Laimjala_vallavalitsus, lk 10
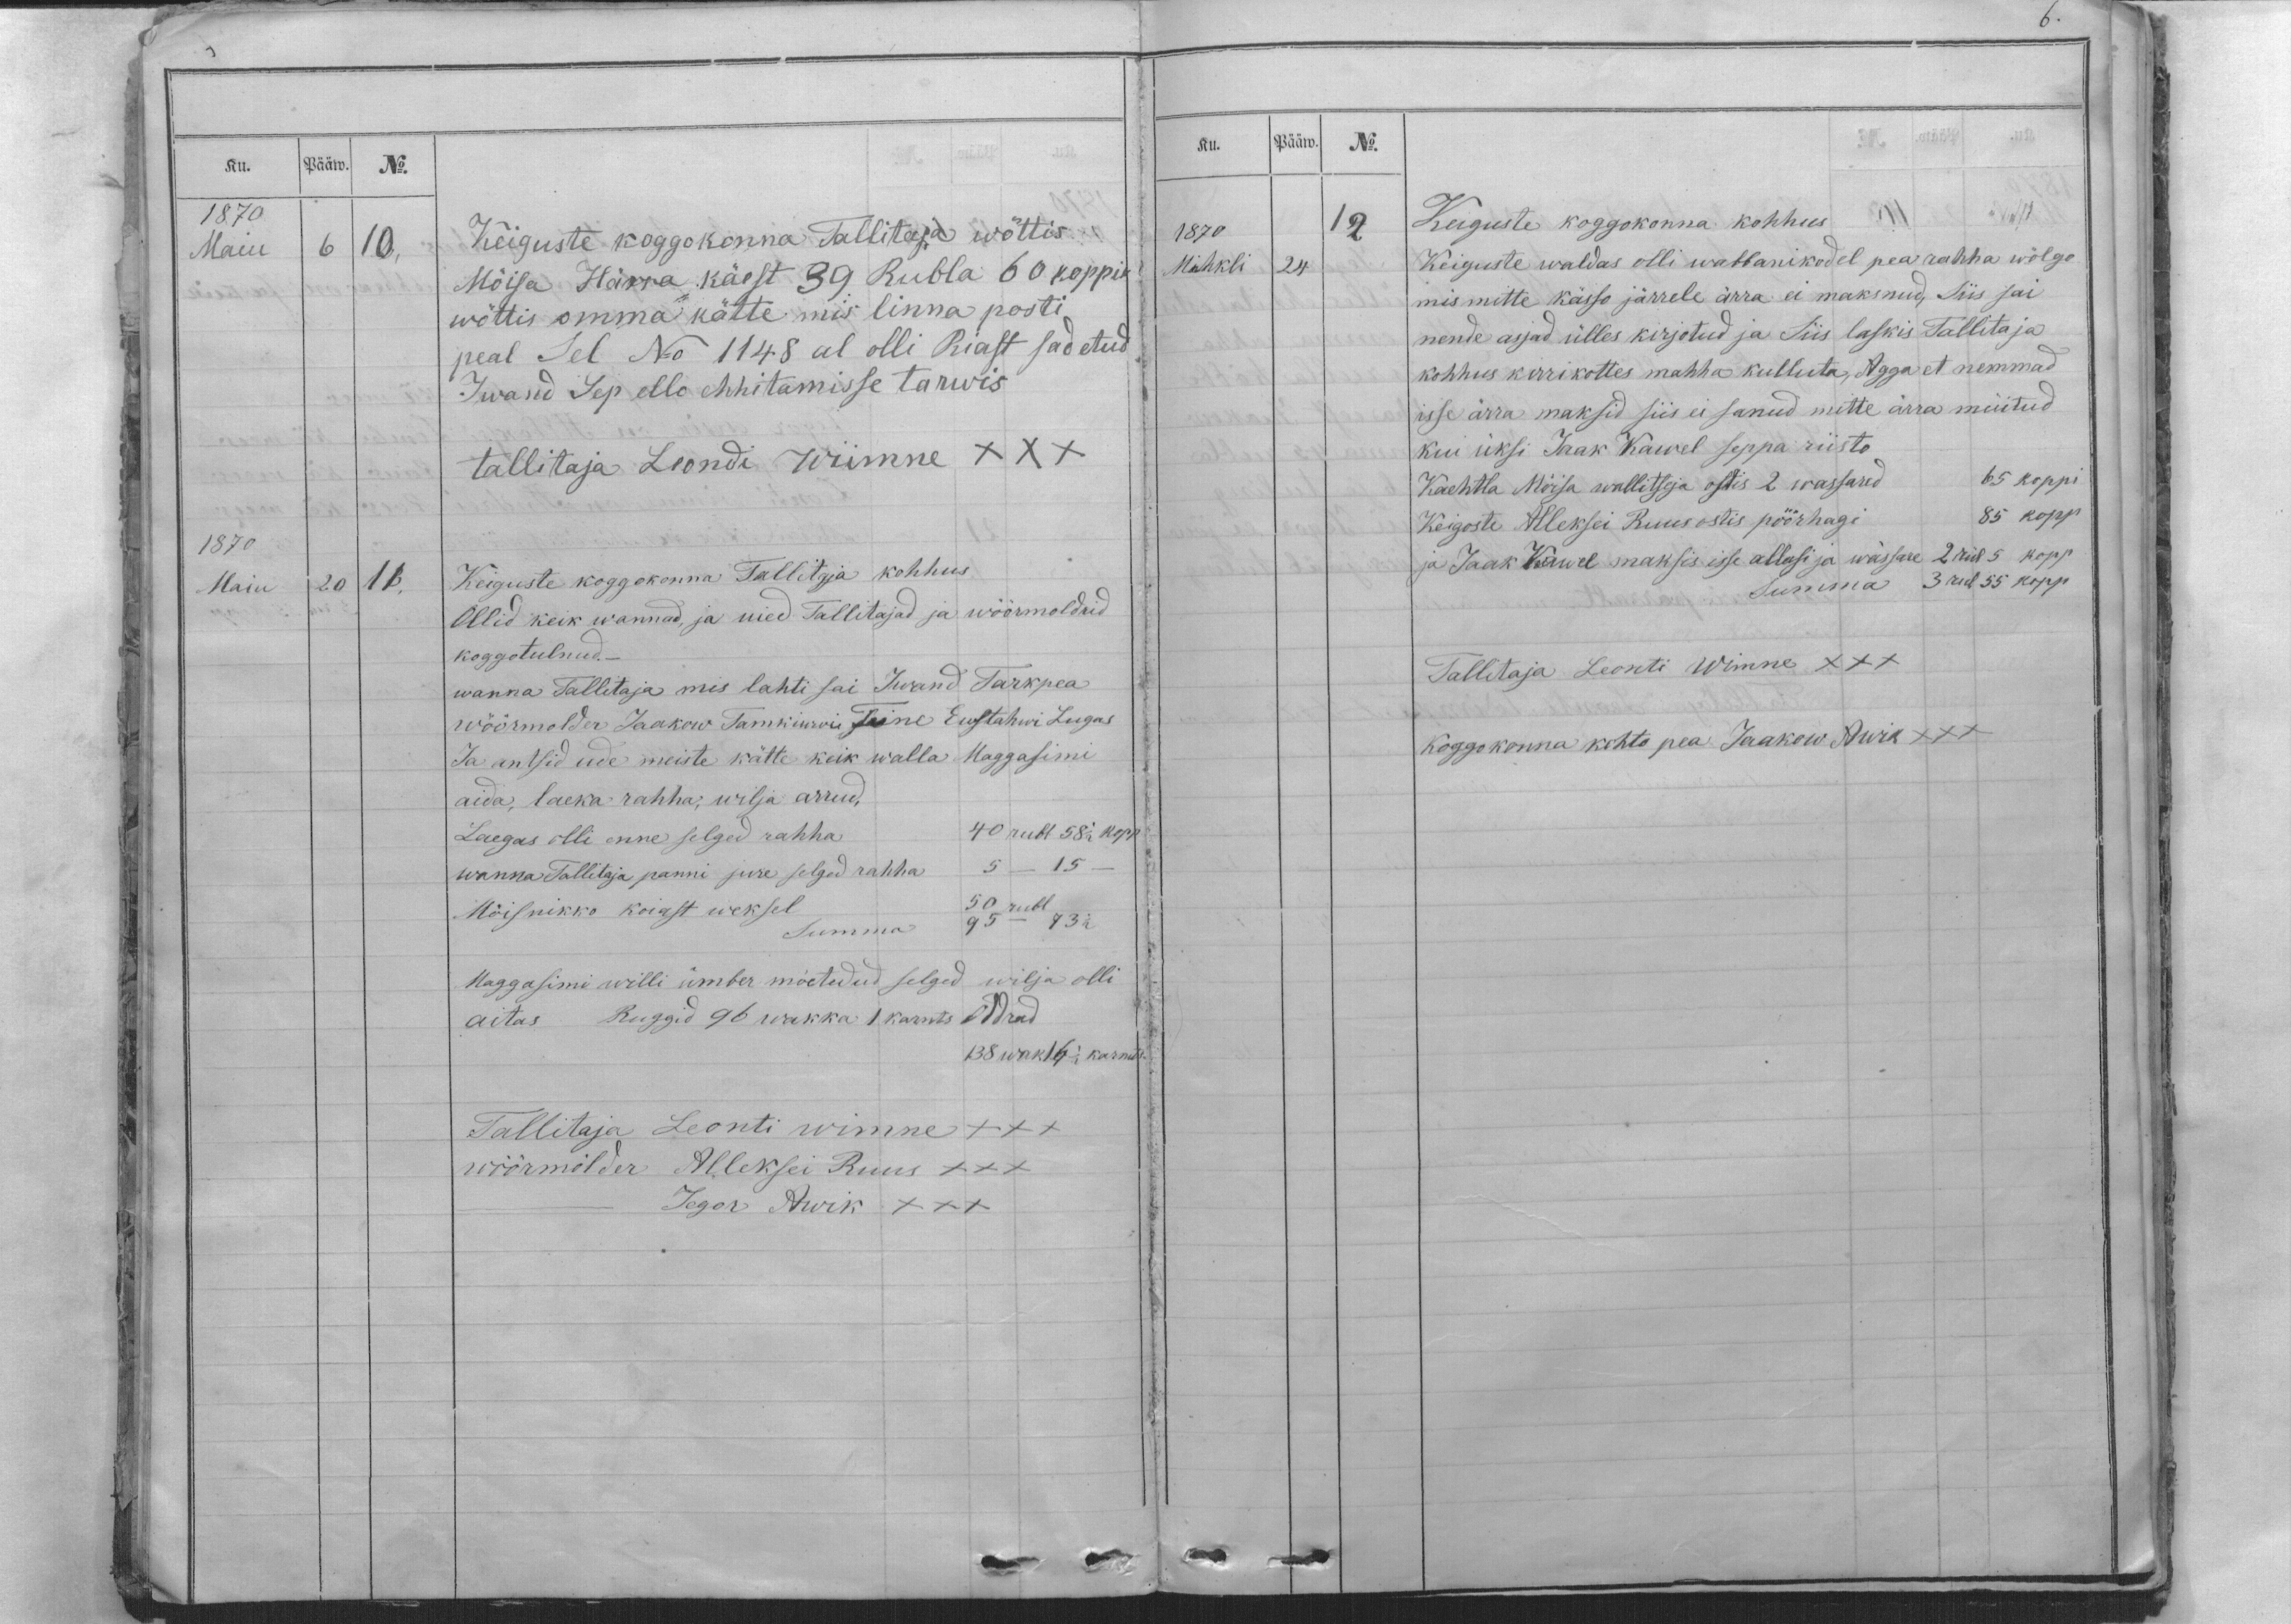
Ku.
Pääw.
No.
1870
Maiu
6
10,
Keiguste koggokonna Tallitaja wõttis
Mõisa Härra käest 39 Rubla 60 koppik
wõttis omma kätte mis linna posti
peal Sel No 1148 al olli Riast sadetud
Iwand Sep ello ehhitamisse tarwis
tallitaja Leondi Wimne XXX
1870
Maiu
20
11,
Keiguste koggokonna Tallitaja kohhus
Ollid keik wannad, ja uied Tallitajad ja wöörmoldrid
koggotulnud._
wanna Tallitaja mis lahti sai Iwand Tarkpea
wöörmolder Jaakow Tamkiwwi teine Eustahwi Lugas
Ja antsid ude meiste kätte keik walla Maggasimi
aida, laeka rahha, wilja arrud,
Laegas olli enne selged rahha 40 rubl 58 1/2 kopp
wanna Tallitaja panni jure selged rahha 5 _15 _
Mõisnikko koiast weksel 50 rubl
Summa 95 - 73 1/2
Maggasimi willi ümber mõetedud selged wilja olli
aitas Ruggid 96 wakka 1 karnts Oddrad
138 wak 16 1/2  karnits
Tallitaja Leonti wimne XXX
wöörmölder Alleksei Ruus XXX
Jegor Awik XXX

Ku.
Pääw.
No.
1870
12
Keiguste koggokonna kohhus
Mihkli
24.
Keiguste waldas olli wabbanikodel pea rahha wõlgo
mis mitte kässo järrele ärra ei maksnud, Siis sai
nende asjad ülles kirjotud ja Siis laskis Tallitaja
kohhus kirrikottes mahha kulluta, Agga et nemmad
isse ärra maksid siis ei sanud mitte ärra müitud
kui üksi Jaak Kawel seppa riisto
Kaehtla Mõisa wallitseja ostis 2 wassared 65 koppi.
Keigoste Alleksei Ruus ostis pöörhagi 85 kopp.
ja Jaak Kawel maksis isse allasi ja wässare 2 rüb 5 kopp.
Summa 3 rub 55 kopp
Tallitaja Leonti Wimne XXX
Koggokonna kohto pea Jaakow Awik XXX